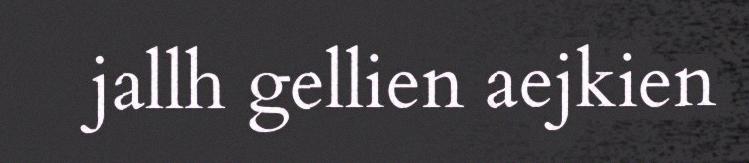
jallh gellien aejkien